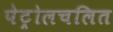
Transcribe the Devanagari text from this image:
पेट्रोलचलित